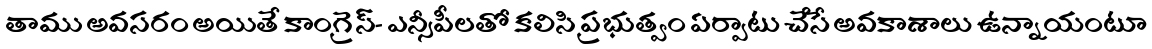
తాము అవసరం అయితే కాంగ్రెస్- ఎన్సీపీలతో కలిసి ప్రభుత్వం ఏర్పాటు చేసే అవకాశాలు ఉన్నాయంటూ